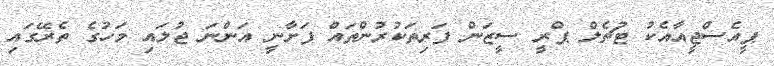
ޕީއެސްޖީއާއެކު ޓުޗެލް ޕްރީ ސީޒަން ފަރިތަކުރުންތައް ފަށާނީ އަންނަ ޖުލައި މަހުގެ ތެރޭގައި